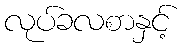
လုပ်ခလစာနှင့်